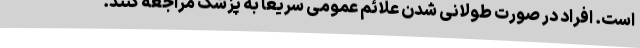
است. افراد در صورت طولانی شدن علائم عمومی سریعا به پزشک مراجعه کنند.